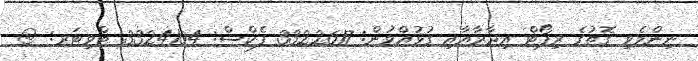
ނިންމެވި ގޮތުގެ ރިޕޯޓް އިދާރާއާއި ގުޅުއްވުން: 3322617 ފެކްސް: 3324104 ޓްވިޓަރ: @